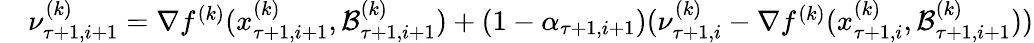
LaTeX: \begin{array}{rl}&{\nu_{\tau+1,i+1}^{(k)}=\nabla f^{(k)}(x_{\tau+1,i+1}^{(k)},\mathcal{\mathcal{B}}_{\tau+1,i+1}^{(k)})+(1-\alpha_{\tau+1,i+1})(\nu_{\tau+1,i}^{(k)}-\nabla f^{(k)}(x_{\tau+1,i}^{(k)},\mathcal{\mathcal{B}}_{\tau+1,i+1}^{(k)}))}\end{array}